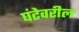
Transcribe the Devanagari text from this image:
घंटेवरील